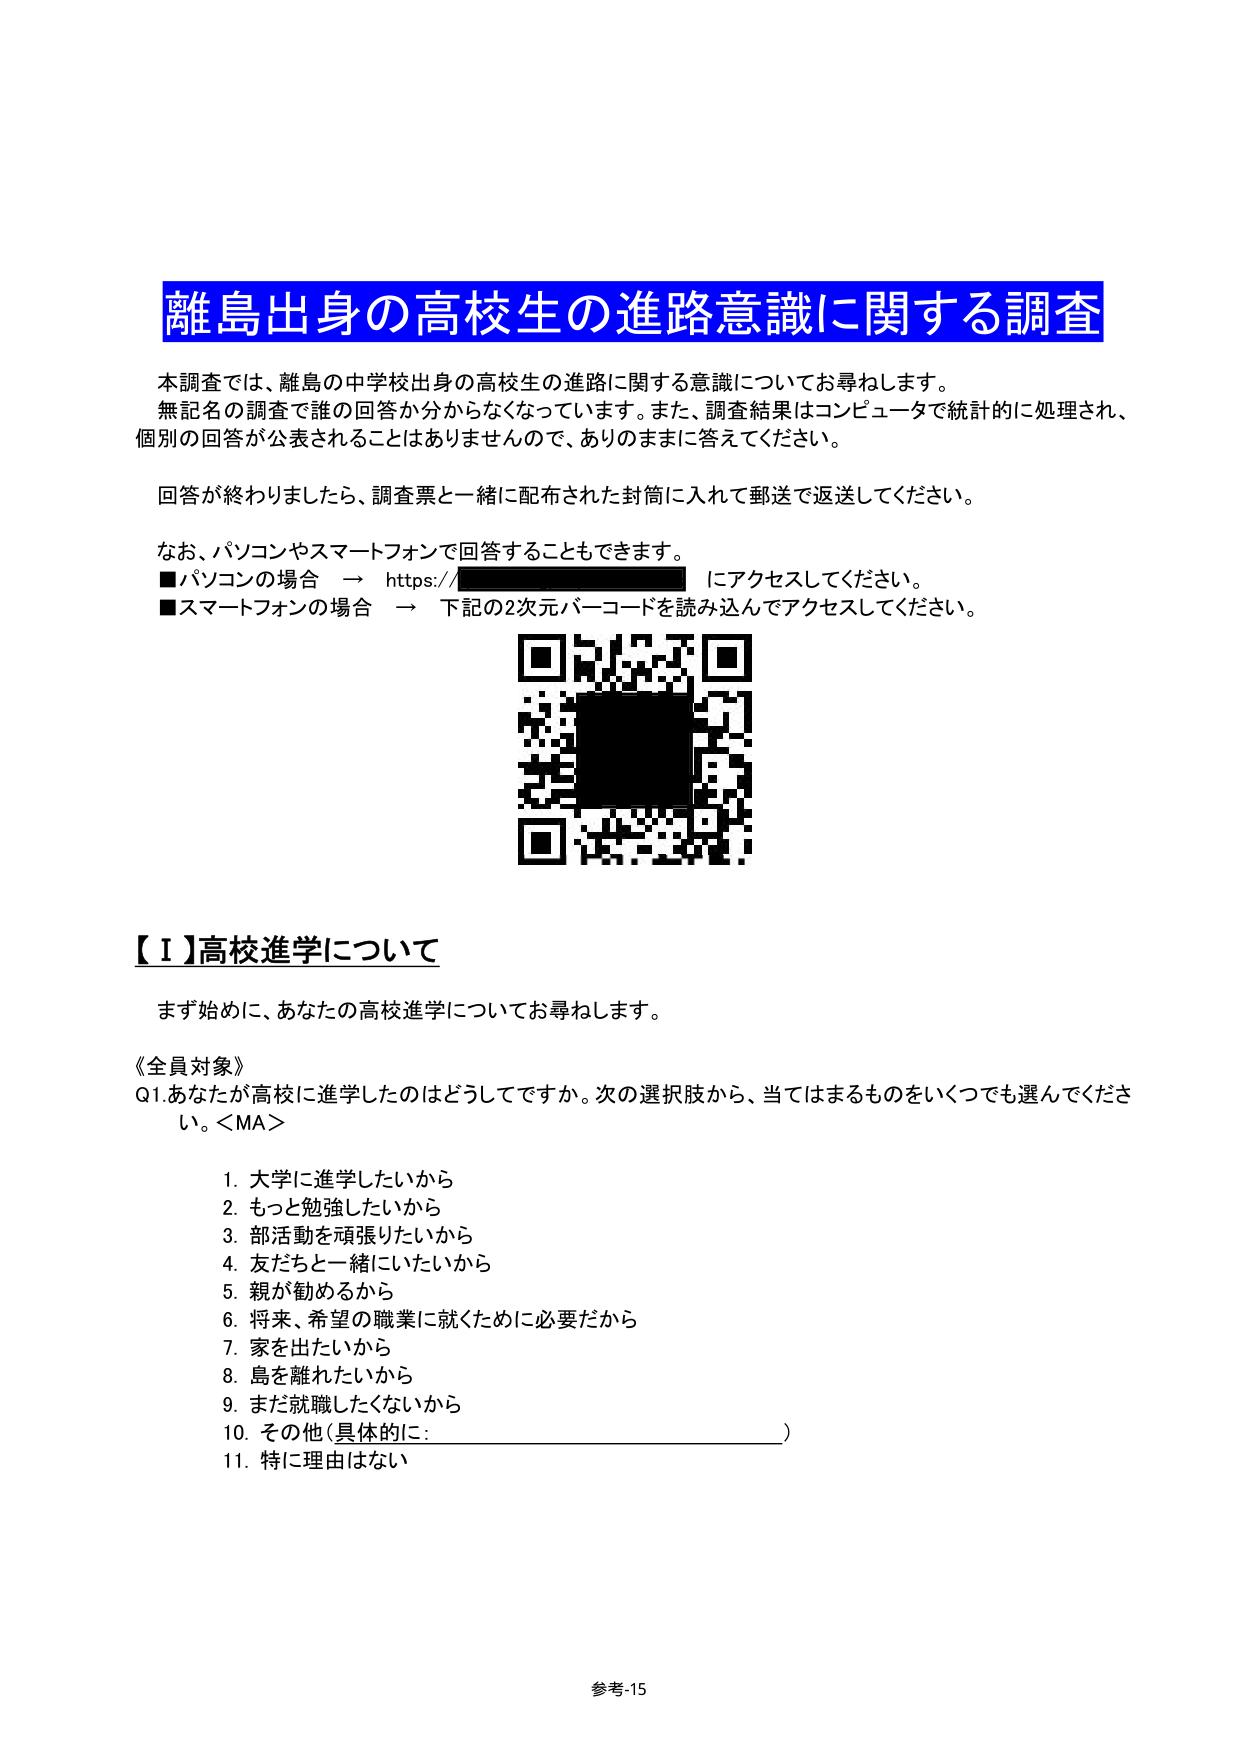
離島出身の高校生の進路意識に関する調査

本調査では、離島の中学校出身の高校生の進路に関する意識についてお尋ねします。
無記名の調査で誰の回答か分からなくなっています。また、調査結果はコンピュータで統計的に処理され、
個別の回答が公表されることはありませんので、ありのままに答えてください。

回答が終わりましたら、調査票と一緒に配布された封筒に入れて郵送で返送してください。

なお、パソコンやスマートフォンで回答することもできます。
■パソコンの場合 → https://████████████████████████ にアクセスしてください。
■スマートフォンの場合 → 下記の2次元バーコードを読み込んでアクセスしてください。

【Ⅰ】高校進学について

まず始めに、あなたの高校進学についてお尋ねします。

《全員対象》
Q1. あなたが高校に進学したのはどうしてですか。次の選択肢から、当てはまるものをいくつでも選んでください。<MA>

1. 大学に進学したいから
2. もっと勉強したいから
3. 部活動を頑張りたいから
4. 友だちと一緒にいたいから
5. 親が勧めるから
6. 将来、希望の職業に就くために必要だから
7. 家を出たいから
8. 島を離れたいから
9. まだ就職したくないから
10. その他（具体的に：________________________）
11. 特に理由はない

参考-15